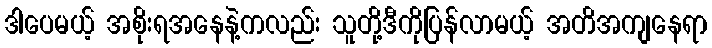
ဒါပေမယ့် အစိုးရအနေနဲ့ကလည်း သူတို့ဒီကိုပြန်လာမယ့် အတိအကျနေရာ